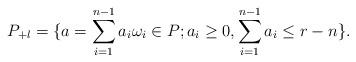
LaTeX: \begin{align*}P_{+l}=\{a=\sum_{i=1}^{n-1}a_i\omega_i\in P;a_i\ge0,\sum_{i=1}^{n-1}a_i\le r-n\}.\end{align*}